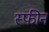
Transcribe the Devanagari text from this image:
स्फीन